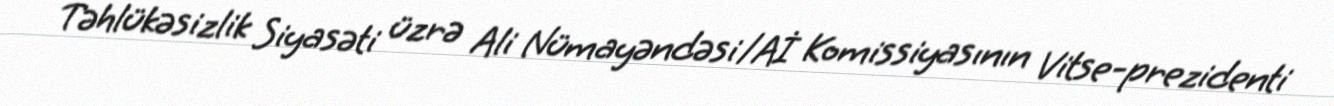
Təhlükəsizlik Siyasəti üzrə Ali Nümayəndəsi/Aİ Komissiyasının Vitse-prezidenti